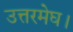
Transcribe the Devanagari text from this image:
उत्तरमेघ।